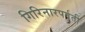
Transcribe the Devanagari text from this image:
गिरिनारपर्वती